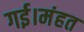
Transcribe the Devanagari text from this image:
गई।मंहत